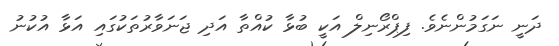
ދަނީ ނަގަމުންނެވެެ. ފިޕްރޯނިލް އަކީ ބުޅާ ކުއްތާ އަދި ޖަނަވާރުތަކުގައި އަޅާ އުކުނު